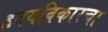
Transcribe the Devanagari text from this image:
हृदयविकारचा